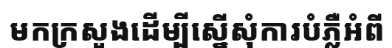
មកក្រសួងដើម្បីស្នើសុំការបំភ្លឺអំពី